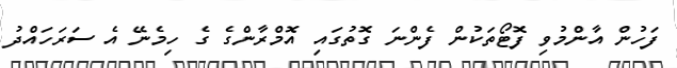
ފަހުން އާންމުވި ފޮޓޯތަކުން ފެންނަ ގޮތުގައި އޮމްރާންގެ ގެ ހިމެނޭ އެ ސަރަހައްދު